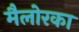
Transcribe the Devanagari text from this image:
मैलोरका